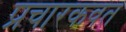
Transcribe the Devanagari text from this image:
प्रचारकवत